Specificity of antivenomous sera (second communication) - Number 10
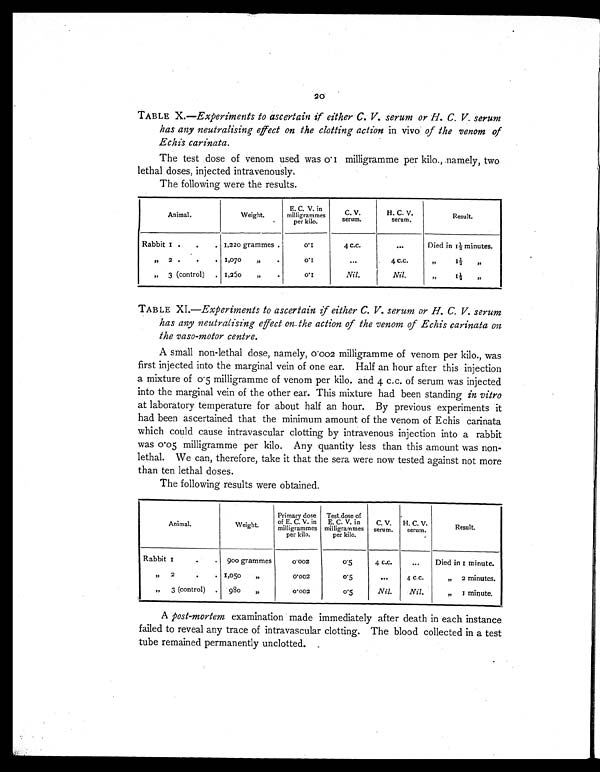
20
TABLE X.—Experiments to ascertain if either C. V. serum or H. C. V serum
has any neutralising effect on the clotting action in vivo of the venom of
Echis carinata.
The test dose of venom used was 0.1milligramme per kilo., namely, two
lethal doses, injected intravenously.
The following were the results.
Animal.
Weight.
.
E. C. V. in
milligrammes
per kilo.
C. V.
serum.
H. C. V.
serum.
Result.
Rabbit 1 .
.
. 1,220 grammes .
0 . 1
4 c.c.
. . .
Died in 11/2 minutes.
"
2 .
.
. 1,070 "
.
0 . 1
. . .
4 C.C.
" 11/2
"
„
3 (control) . 1,250
„
.
0 . 1
Nil.
Nil
,,
11/2 "
TABLE XI.—Experiments to ascertain if either C. V. serum or H. C. V. serum
has any neutralising effect on theaction of the venom of Echis carinata on
the vaso-motor centre.
A small non-lethal dose, namely, 0.002 milligramme of venom per kilo., was
first injected into the marginal vein of one ear. Half an hour after this injection
a mixture of 0.5 milligramme of venom per kilo. and 4 c.c. of serum was injected
into the marginal vein of the other ear. This mixture had been standing in vitro
at laboratory temperature for about half an hour. By previous experiments it
had been ascertained that the minimum amount of the venom of Echis carinata
which could cause intravascular clotting by intravenous injection into a rabbit
was 0.05 milligramme per kilo. Any quantity less than this amount was non-
lethal. We can, therefore, take it that the sera were now tested against not more
than ten lethal doses.
The following results were obtained.
Animal.
Weight.
Primary dose
of E. C. V. in
milligrammes
per kilo.
Test.dose of
E. C. V. in
milligrammes
per kilo.
C. V.
serum.
H. C. V.
serum.
Result.
Rabbit 1
.
. 900 grammes
0.002
0 . 5
4 c.c.
...
Died in 1 minute.
"
2
.
. 1,050
„
0.002
0.5
...
4 c.c.
„
2 minutes.
„
3 (control) .
980
„
0.002
0.5
Nil.
Nil.
„
1 m i n u t e .
A post-mortem examination made immediately after death in each instance
failed to reveal any trace of intravascular clotting. The blood collected in a test
tube remained permanently unclotted. .